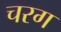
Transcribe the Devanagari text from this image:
चरग